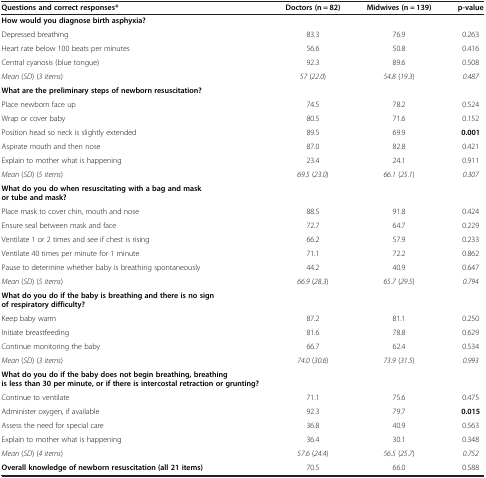
<table><thead><tr><td><b>Questions and correct responses*</b></td><td><b>Doctors (n = 82)</b></td><td><b>Midwives (n = 139)</b></td><td><b>p-value</b></td></tr></thead><tbody><tr><td><b>How would you diagnose birth asphyxia?</b></td><td>[EMPTY_CELL]</td><td>[EMPTY_CELL]</td><td>[EMPTY_CELL]</td></tr><tr><td>Depressed breathing</td><td>83.3</td><td>76.9</td><td>0.263</td></tr><tr><td>Heart rate below 100 beats per minutes</td><td>56.6</td><td>50.8</td><td>0.416</td></tr><tr><td>Central cyanosis (blue tongue)</td><td>92.3</td><td>89.6</td><td>0.508</td></tr><tr><td><i>Mean</i> (<i>SD</i>) (<i>3 items</i>)</td><td><i>57</i> (<i>22</i>.<i>0</i>)</td><td><i>54</i>.<i>8</i> (<i>19</i>.<i>3</i>)</td><td><i>0</i>.<i>487</i></td></tr><tr><td><b>What are the preliminary steps of newborn resuscitation?</b></td><td>[EMPTY_CELL]</td><td>[EMPTY_CELL]</td><td>[EMPTY_CELL]</td></tr><tr><td>Place newborn face up</td><td>74.5</td><td>78.2</td><td>0.524</td></tr><tr><td>Wrap or cover baby</td><td>80.5</td><td>71.6</td><td>0.152</td></tr><tr><td>Position head so neck is slightly extended</td><td>89.5</td><td>69.9</td><td><b>0.001</b></td></tr><tr><td>Aspirate mouth and then nose</td><td>87.0</td><td>82.8</td><td>0.421</td></tr><tr><td>Explain to mother what is happening</td><td>23.4</td><td>24.1</td><td>0.911</td></tr><tr><td><i>Mean</i> (<i>SD</i>) (<i>5 items</i>)</td><td><i>69</i>.<i>5</i> (<i>23</i>.<i>0</i>)</td><td><i>66</i>.<i>1</i> (<i>25</i>.<i>1</i>)</td><td><i>0</i>.<i>307</i></td></tr><tr><td><b>What do you do when resuscitating with a bag and mask or tube and mask?</b></td><td>[EMPTY_CELL]</td><td>[EMPTY_CELL]</td><td>[EMPTY_CELL]</td></tr><tr><td>Place mask to cover chin, mouth and nose</td><td>88.5</td><td>91.8</td><td>0.424</td></tr><tr><td>Ensure seal between mask and face</td><td>72.7</td><td>64.7</td><td>0.229</td></tr><tr><td>Ventilate 1 or 2 times and see if chest is rising</td><td>66.2</td><td>57.9</td><td>0.233</td></tr><tr><td>Ventilate 40 times per minute for 1 minute</td><td>71.1</td><td>72.2</td><td>0.862</td></tr><tr><td>Pause to determine whether baby is breathing spontaneously</td><td>44.2</td><td>40.9</td><td>0.647</td></tr><tr><td><i>Mean</i> (<i>SD</i>) (<i>5 items</i>)</td><td><i>66</i>.<i>9</i> (<i>28</i>.<i>3</i>)</td><td><i>65</i>.<i>7</i> (<i>29</i>.<i>5</i>)</td><td><i>0</i>.<i>794</i></td></tr><tr><td><b>What do you do if the baby is breathing and there is no sign of respiratory difficulty?</b></td><td>[EMPTY_CELL]</td><td>[EMPTY_CELL]</td><td>[EMPTY_CELL]</td></tr><tr><td>Keep baby warm</td><td>87.2</td><td>81.1</td><td>0.250</td></tr><tr><td>Initiate breastfeeding</td><td>81.6</td><td>78.8</td><td>0.629</td></tr><tr><td>Continue monitoring the baby</td><td>66.7</td><td>62.4</td><td>0.534</td></tr><tr><td><i>Mean</i> (<i>SD</i>) (<i>3 items</i>)</td><td><i>74</i>.<i>0</i> (<i>30</i>.<i>6</i>)</td><td><i>73</i>.<i>9</i> (<i>31</i>.<i>5</i>)</td><td><i>0</i>.<i>993</i></td></tr><tr><td><b>What do you do if the baby does not begin breathing, breathing is less than 30 per minute, or if there is intercostal retraction or grunting?</b></td><td>[EMPTY_CELL]</td><td>[EMPTY_CELL]</td><td>[EMPTY_CELL]</td></tr><tr><td>Continue to ventilate</td><td>71.1</td><td>75.6</td><td>0.475</td></tr><tr><td>Administer oxygen, if available</td><td>92.3</td><td>79.7</td><td><b>0.015</b></td></tr><tr><td>Assess the need for special care</td><td>36.8</td><td>40.9</td><td>0.563</td></tr><tr><td>Explain to mother what is happening</td><td>36.4</td><td>30.1</td><td>0.348</td></tr><tr><td><i>Mean</i> (<i>SD</i>) (<i>4 items</i>)</td><td><i>57</i>.<i>6</i> (<i>24</i>.<i>4</i>)</td><td><i>56</i>.<i>5</i> (<i>25</i>.<i>7</i>)</td><td><i>0</i>.<i>752</i></td></tr><tr><td><b>Overall knowledge of newborn resuscitation (all 21 items)</b></td><td>70.5</td><td>66.0</td><td>0.588</td></tr></tbody></table>